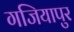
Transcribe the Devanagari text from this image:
गजियापुर